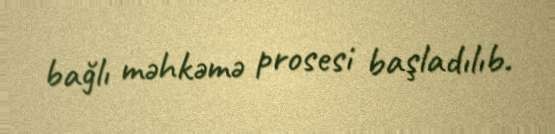
bağlı məhkəmə prosesi başladılıb.